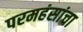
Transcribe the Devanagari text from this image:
परमहंसांचा